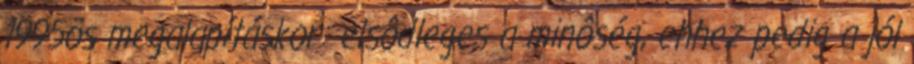
1995ös megalapításkor: elsôdleges a minôség, ehhez pedig a jól